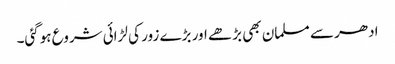
ادھر سے مسلمان بھی بڑھے اور بڑے زور کی لڑائی شروع ہوگئی۔